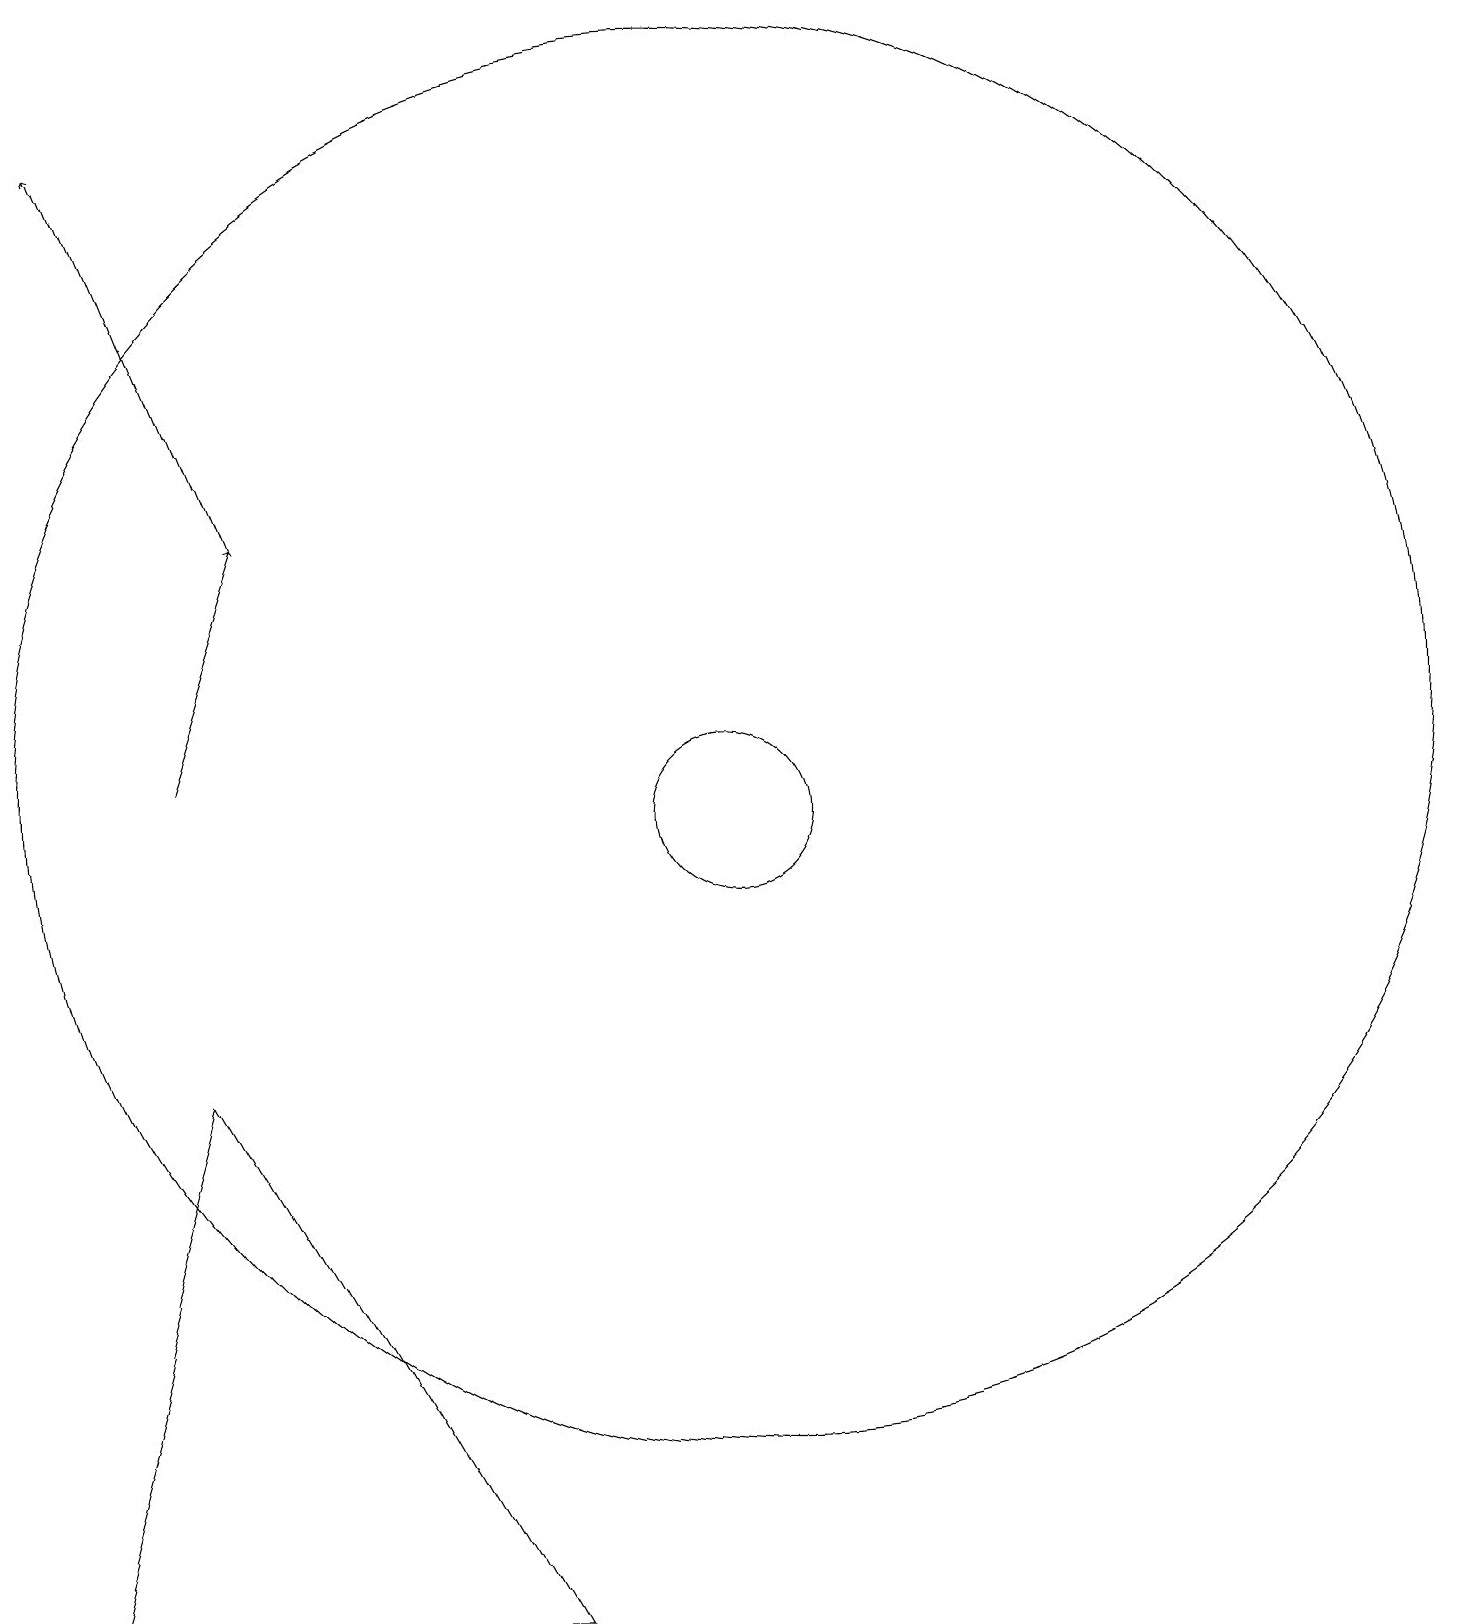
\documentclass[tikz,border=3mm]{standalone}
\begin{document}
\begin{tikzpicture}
\draw (11,10) circle (1);
\draw (8,0) -- (2,0) -- (4,7) -- cycle;
\draw[->] (4,11) -- (5,14);
\draw (11,11) circle (9);
\draw[->] (5,14) -- (3,19);
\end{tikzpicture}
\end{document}